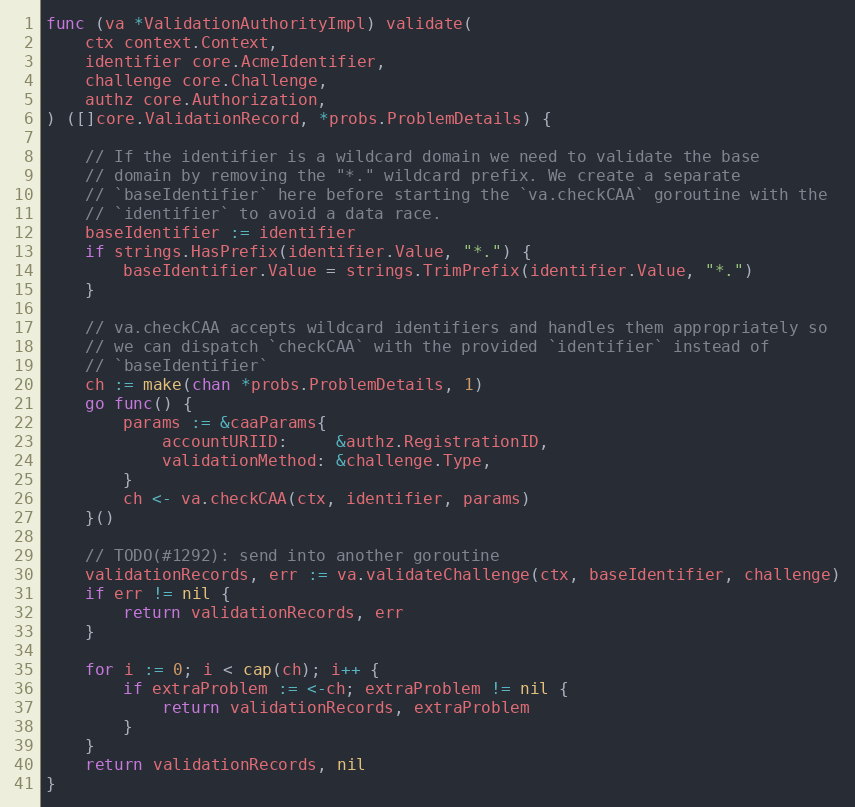
Language: Go
func (va *ValidationAuthorityImpl) validate(
	ctx context.Context,
	identifier core.AcmeIdentifier,
	challenge core.Challenge,
	authz core.Authorization,
) ([]core.ValidationRecord, *probs.ProblemDetails) {

	// If the identifier is a wildcard domain we need to validate the base
	// domain by removing the "*." wildcard prefix. We create a separate
	// `baseIdentifier` here before starting the `va.checkCAA` goroutine with the
	// `identifier` to avoid a data race.
	baseIdentifier := identifier
	if strings.HasPrefix(identifier.Value, "*.") {
		baseIdentifier.Value = strings.TrimPrefix(identifier.Value, "*.")
	}

	// va.checkCAA accepts wildcard identifiers and handles them appropriately so
	// we can dispatch `checkCAA` with the provided `identifier` instead of
	// `baseIdentifier`
	ch := make(chan *probs.ProblemDetails, 1)
	go func() {
		params := &caaParams{
			accountURIID:     &authz.RegistrationID,
			validationMethod: &challenge.Type,
		}
		ch <- va.checkCAA(ctx, identifier, params)
	}()

	// TODO(#1292): send into another goroutine
	validationRecords, err := va.validateChallenge(ctx, baseIdentifier, challenge)
	if err != nil {
		return validationRecords, err
	}

	for i := 0; i < cap(ch); i++ {
		if extraProblem := <-ch; extraProblem != nil {
			return validationRecords, extraProblem
		}
	}
	return validationRecords, nil
}